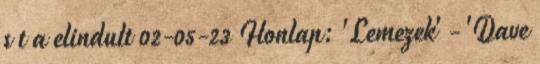
s t a elindult 02-05-23 Honlap: 'Lemezek' - 'Dave